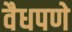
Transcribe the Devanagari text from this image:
वैधपणे